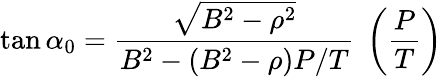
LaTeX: \tan\alpha_{0}=\frac{\sqrt{B^{2}-\rho^{2}}}{B^{2}-(B^{2}-\rho)P/T}\ \left(\frac{P}{T}\right)